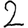
Digit: 2